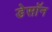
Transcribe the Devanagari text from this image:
डेसॉन